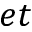
e t